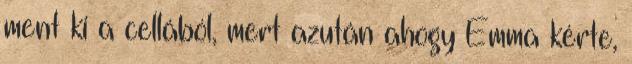
ment ki a cellából, mert azután ahogy Emma kérte,